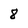
Character: 8